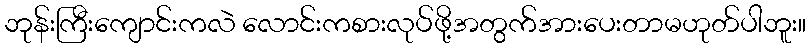
ဘုန်းကြီးကျောင်းကလဲ လောင်းကစားလုပ်ဖို့အတွက်အားပေးတာမဟုတ်ပါဘူး။